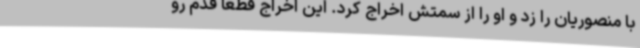
با منصوریان را زد و او را از سمتش اخراج کرد. این اخراج قطعا قدم رو